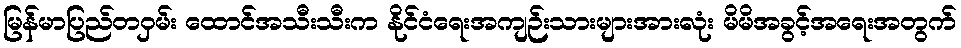
မြန်မာပြည်တဝှမ်း ထောင်အသီးသီးက နိုင်ငံရေးအကျဉ်းသားများအားလုံး မိမိအခွင့်အရေးအတွက်